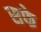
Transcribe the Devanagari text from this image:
सफे